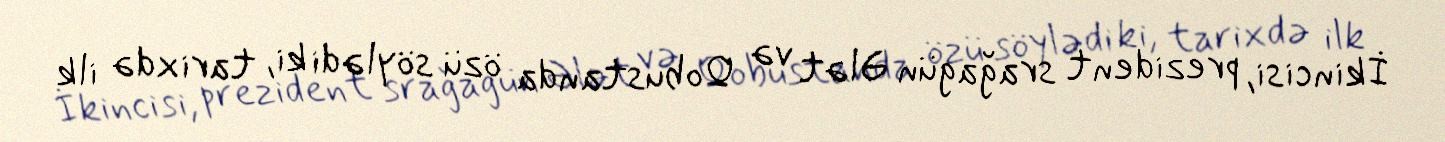
İkincisi, prezident srağagün Ələt və Qobustanda özü söylədi ki, tarixdə ilk